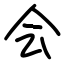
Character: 会